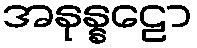
အနုန္နဠော